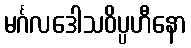
မင်္ဂလဒေါသဝိပ္ပဟီနော